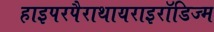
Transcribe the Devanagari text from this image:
हाइपरपैराथायराइरॉडिज्म